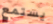
يستمع